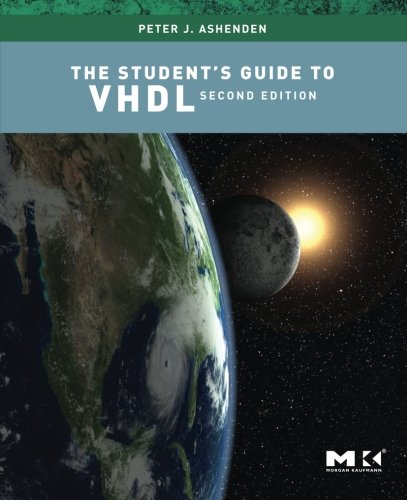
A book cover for The Student's Guide to VHDL, Second Edition (Systems on Silicon); Peter J. Ashenden; Computers & Technology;